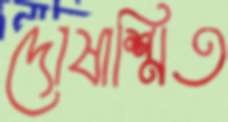
দোষাশ্রিত